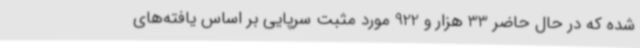
شده که در حال حاضر 33 هزار و 922 مورد مثبت سرپایی بر اساس یافته‌های